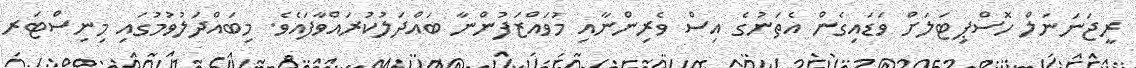
ރީޖަނަނަލް ހޮސްޕިޓަލަށް ވަޑައިގެން އެތަނުގެ އިސް ވެރިންނާއި މުވައްޒަފުންނާ ބައްދަލުކުރައްވާފައެވެ. މިބައްދަލުވުމުގައި މިނިސްޓަރ